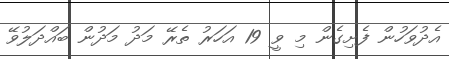
އެދުވަހުން ފެށިގެން މި ވީ 19 އަހަރު ތެރޭ މަދު މަދުން ބައްދަލުވޭ